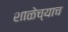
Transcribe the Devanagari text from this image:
शाळेच्याच